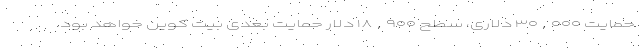
حمایت ۳۰,۰۰۰ دلاری، سطح ۱۸,۹۰۰ دلار حمایت بعدی بیت کوین خواهد بود.